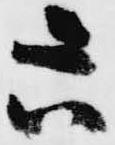
六